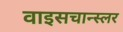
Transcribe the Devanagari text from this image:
वाइसचान्स्लर